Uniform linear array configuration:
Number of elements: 4
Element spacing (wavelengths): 0.75
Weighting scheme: blackman
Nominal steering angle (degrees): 30
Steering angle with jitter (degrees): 31.646
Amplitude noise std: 0.05
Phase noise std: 0.05

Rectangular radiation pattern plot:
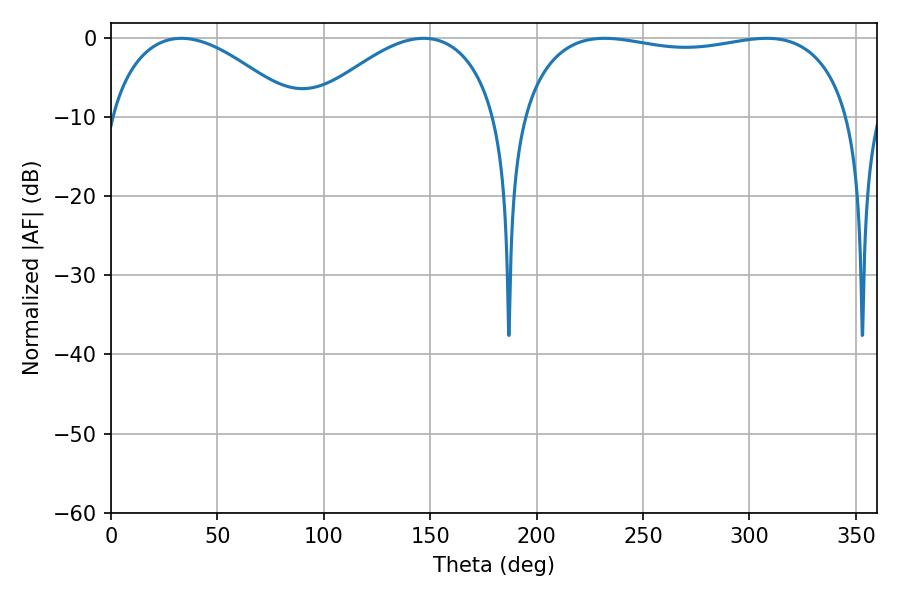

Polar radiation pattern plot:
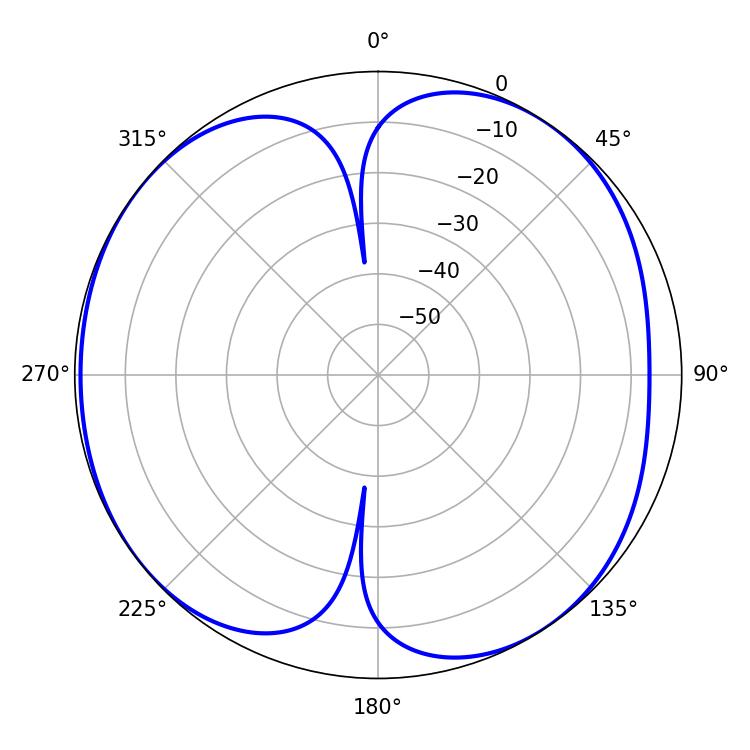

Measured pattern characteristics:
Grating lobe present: TRUE
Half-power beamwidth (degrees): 48.96
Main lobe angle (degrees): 33.12